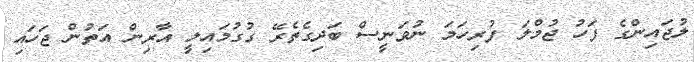
ލުޖައިންގެ ފަހު ޖުމްލަ ފުރިހަމަ ނުވަނީސް ބަދިގެތެރޭ ގުގުމައިލީ އާރިން އަތުން ޖަހައި